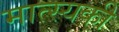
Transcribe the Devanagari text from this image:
मात्स्यकी